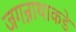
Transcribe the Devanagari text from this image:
जगन्नाथाकडे